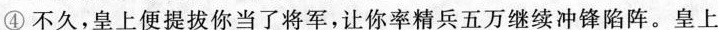
④ 不久，皇上便提拔你当了将军，让你率精兵五万继续冲锋陷阵。皇上